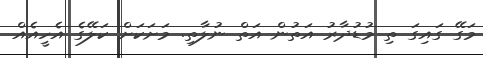
މަގޭ ގައިގަ ތި މުޑުދާރު އަތުން އަތް ނުލާތި. މަށަކަށް ކަލޭގެ އެހީއެއް